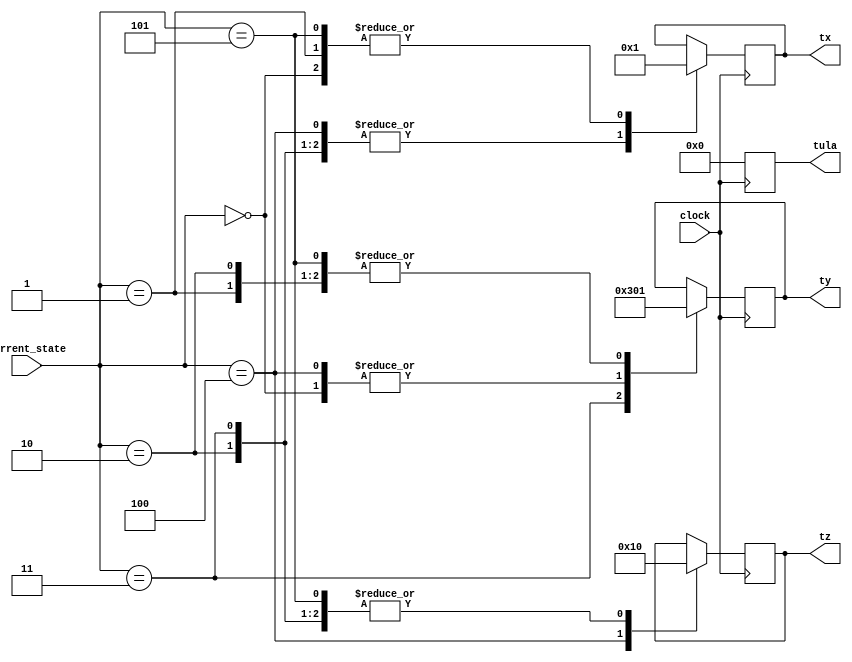
module Control(current_state, tx, ty, tz, tula, clock);
	input wire clock;
	input wire [3:0] current_state;
	output reg [3:0] tx, ty, tz, tula;
	
	parameter CLEAR = 4'd0;
	parameter LOAD = 4'd1;
	parameter HOLD = 4'd2;
	parameter SHIFTR = 4'd3;
	
	initial begin
		tx <= LOAD; //forando inicializacao para o primeiro "ciclo"
	end
	
	always@(posedge clock)
	begin
		tula <= 4'd0; //a ULA vai apenas somar, nao e necessario trocar o estado dela
		case(current_state)
			4'd0: begin //estado 0, inicializador
				tx <= LOAD; //carrega a primeira entrada no barramento de dados
				ty <= CLEAR;
				tz <= CLEAR;
			end
			
			4'd1: begin //estado 1
				tx <= LOAD; //carrega a segunda entrada no barramento de dados
				ty <= LOAD; //carrega a primeira entrada no acumulador
				tz <= CLEAR;
			end
			4'd2: begin //estado 2
				tx <= CLEAR; //limpa o barramento
				ty <= LOAD; //carrega barramento + acumulador
				tz <= CLEAR;
			end
			4'd3: begin //estado 3
				tx <= CLEAR;
				ty <= SHIFTR; //divide o acumulador por 2 usando shift-right
				tz <= CLEAR;
			end
			4'd4: begin //estado 4
				tx <= CLEAR;
				ty <= CLEAR;
				tz <= LOAD; //carrega o acumulador no output
			end
			4'd5: begin //estado 5, final, reinicia o ciclo
				tx <= LOAD;
				ty <= LOAD;
				tz <= CLEAR;
			end
			default;
		endcase
	end
	
endmodule